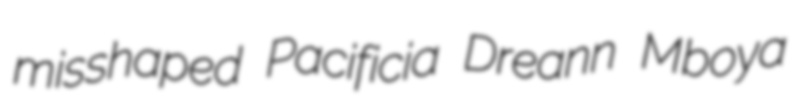
misshaped Pacificia Dreann Mboya